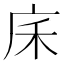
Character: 𢇲